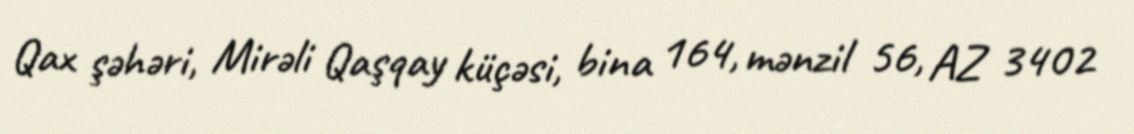
Qax şəhəri, Mirəli Qaşqay küçəsi, bina 164, mənzil 56, AZ 3402